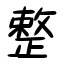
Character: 整